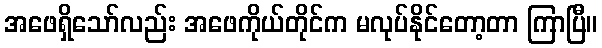
အဖေရှိသော်လည်း အဖေကိုယ်တိုင်က မလုပ်နိုင်တော့တာ ကြာပြီ။